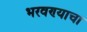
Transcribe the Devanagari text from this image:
भरवण्याचा